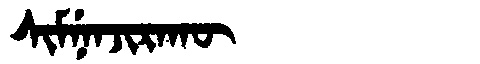
Manchu: ᠰᡳᠮᠨᡝᠨᠵᡳᡵᠠᡴᡡ
Romanization: SIMNENJIRAKŪ